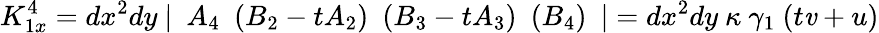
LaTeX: K_{1x}^{4}=dx^{2}dy~\vert~~A_{4}~~(B_{2}-tA_{2})~~(B_{3}-tA_{3})~~(B_{4})~~\vert=dx^{2}dy~\kappa~\gamma_{1}~(t\mathit{v}+u)